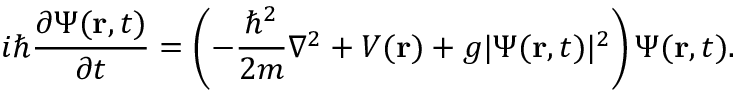
i \hbar { \frac { \partial \Psi ( \mathbf { r } , t ) } { \partial t } } = \left( - { \frac { \hbar ^ { 2 } } { 2 m } } \nabla ^ { 2 } + V ( \mathbf { r } ) + g \vert \Psi ( \mathbf { r } , t ) \vert ^ { 2 } \right) \Psi ( \mathbf { r } , t ) .